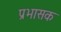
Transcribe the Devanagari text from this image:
प्रभासक